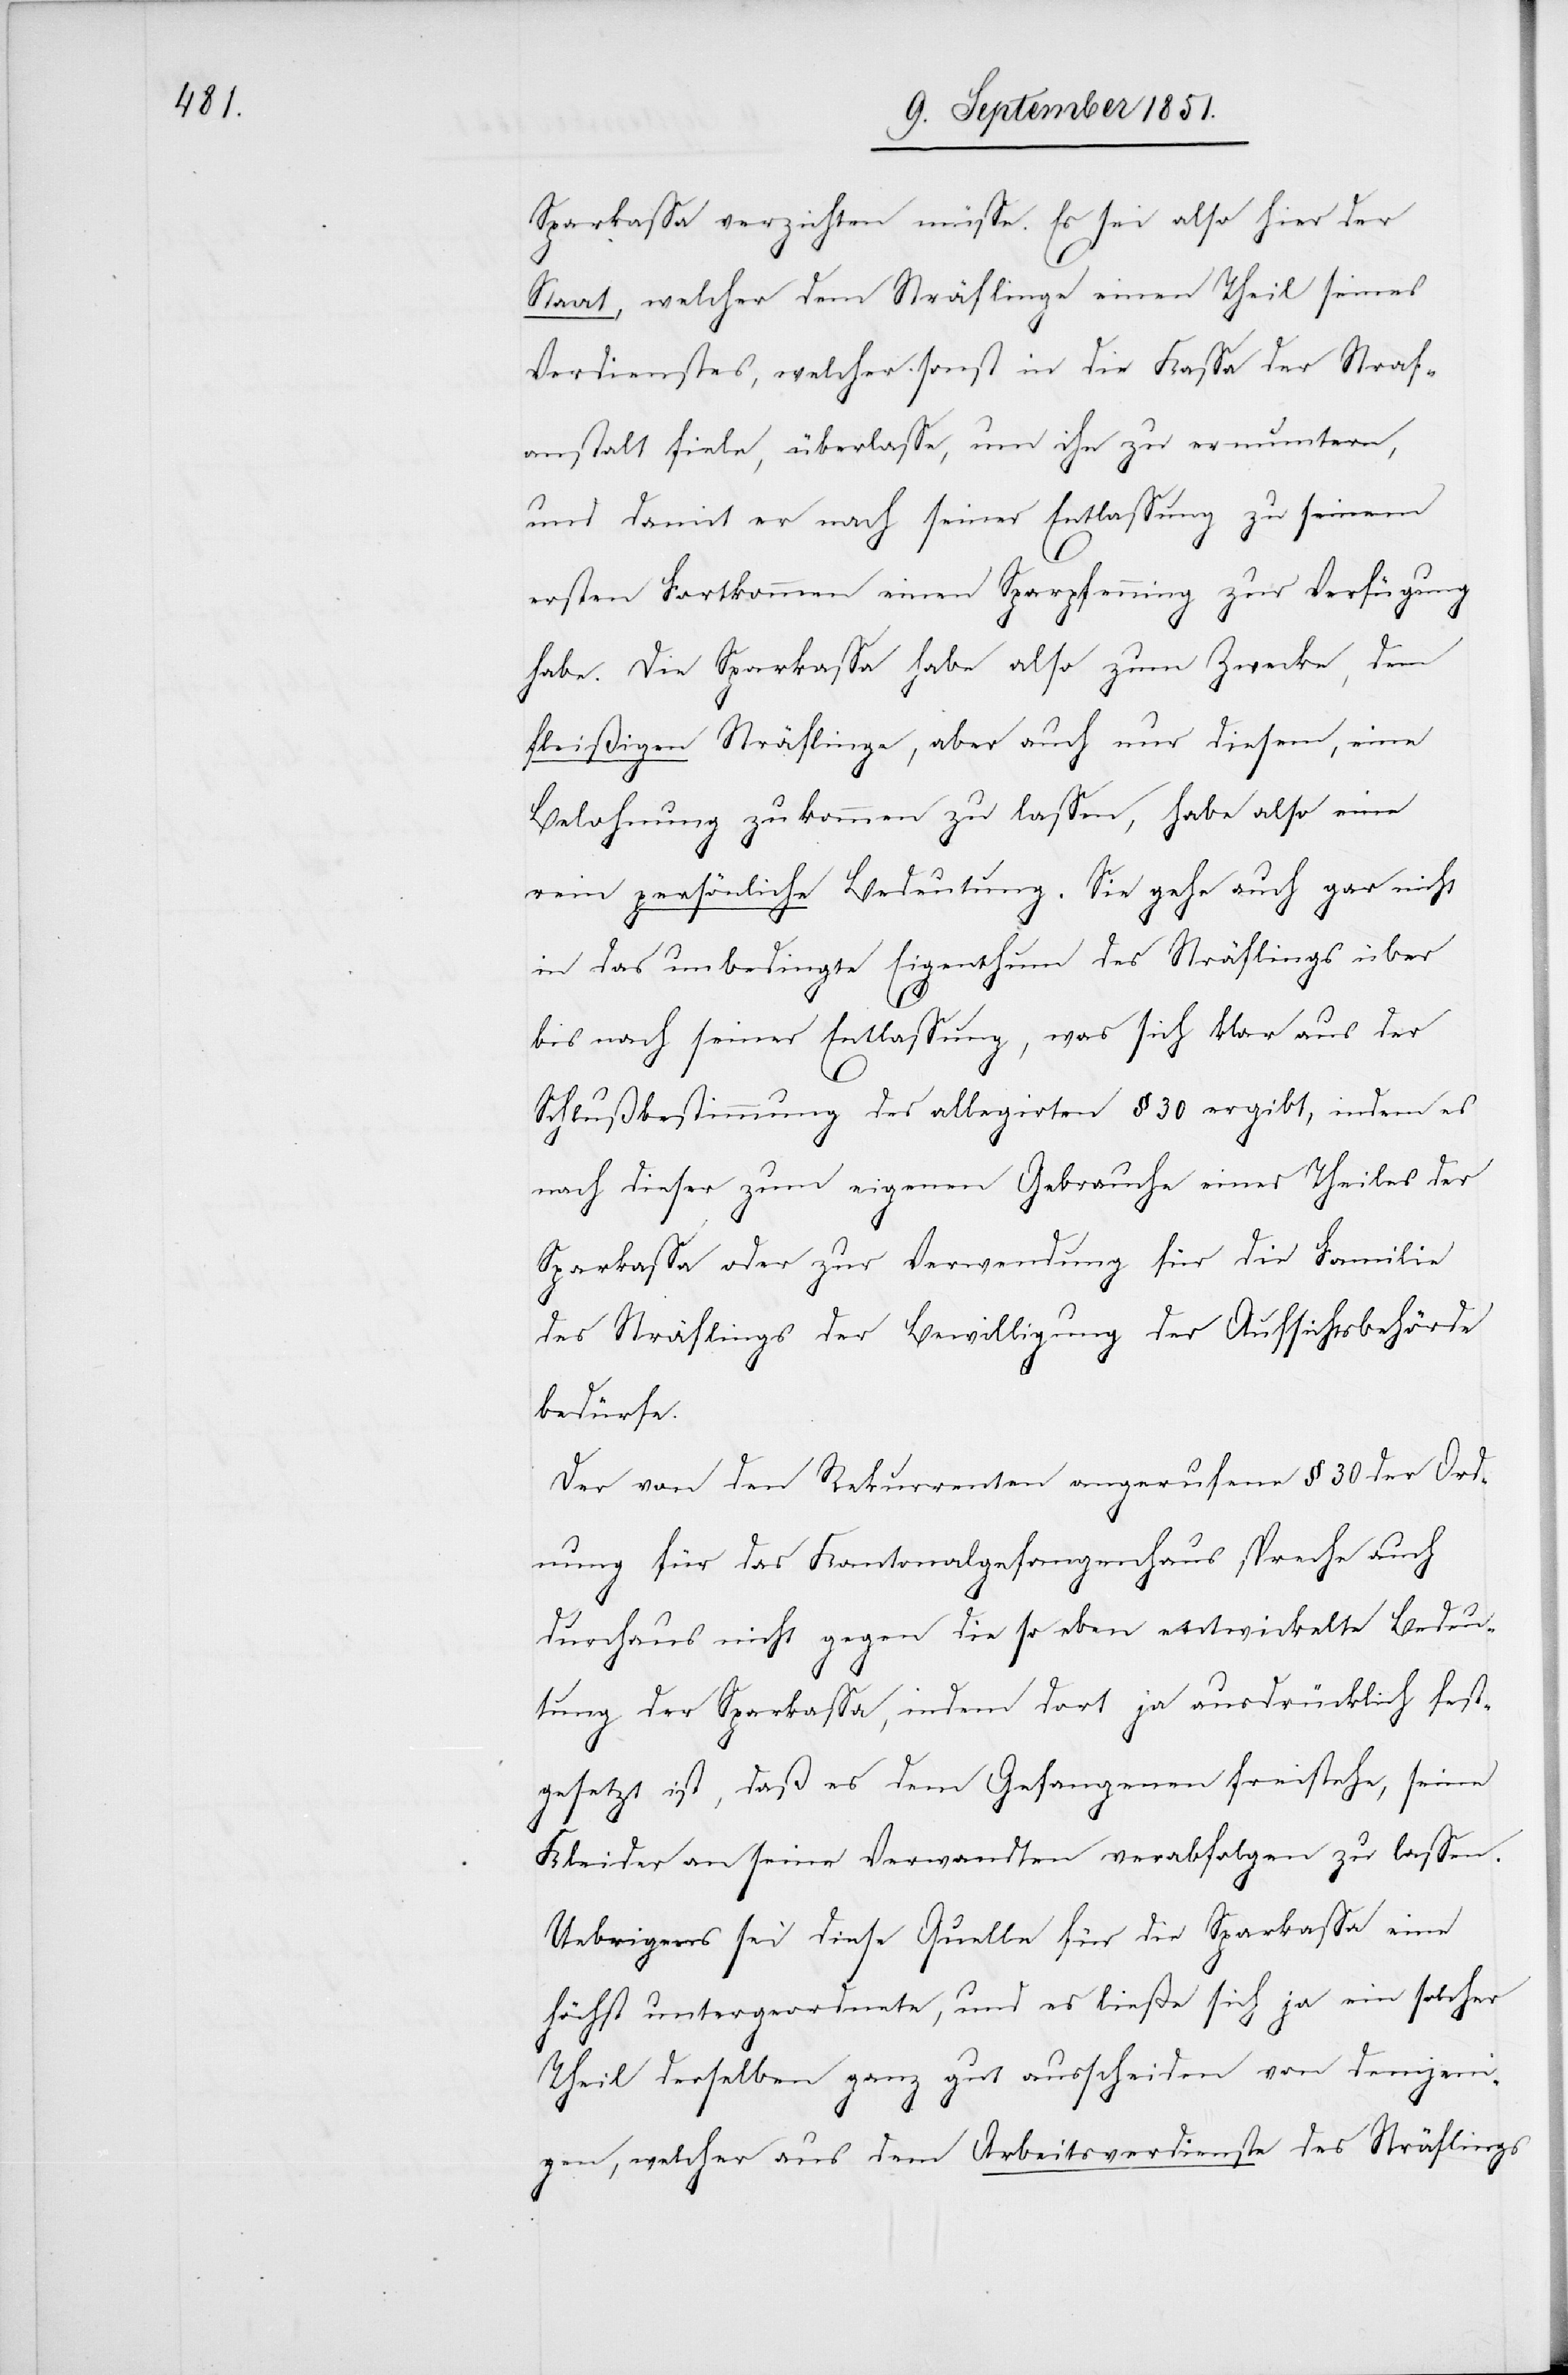
Sparkassa verzichten müsse. Es sei also hier der
Staat, welcher dem Sträflinge einen Theil seines
Verdienstes, welcher sonst in die Kassa der Straf¬
anstalt fiele, überlasse, um ihn zu ermuntern,
und damit er nach seiner Entlassung zu seinem
ersten Fortkommen einen Sparpfenning zur Verfügung
habe. Die Sparkassa habe also zum Zwecke, dem
fleißigen Sträflinge, aber auch nur diesem, eine
Belohnung zukommen zu lassen, habe also eine
rein persönliche Bedeutung. Sie gehe auch gar nicht
in das unbedingte Eigenthum des Sträflings über
bis nach seiner Entlassung, was sich klar aus der
Schlußbestimmung des allegirten § 30 ergibt, indem es
nach dieser zum eigenen Gebrauche eines Theiles der
Sparkassa oder zur Verwendung für die Familie
des Sträflings der Bewilligung der Aufsichtsbehörde
bedürfe.
Der von den Rekurrenten angerufene § 30 der Ord¬
nung für das Kantonalgefangenhaus spreche auch
durchaus nicht gegen die so eben entwickelte Bedeu¬
tung der Sparkassa, indem dort ja ausdrücklich fest¬
gesetzt ist, daß es dem Gefangenen freistehe, seine
Kleider an seine Verwandten verabfolgen zu lassen.
Uebrigens sei diese Quelle für die Sparkassa eine
höchst untergeordnete, und es ließe sich ja ein solcher
Theil derselben ganz gut ausscheiden von demjeni¬
gen, welcher aus dem Arbeitsverdienste des Sträflings